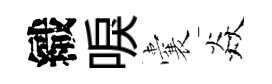
織唳囊焱